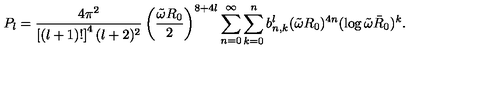
P _ { l } = { \frac { 4 \pi ^ { 2 } } { \left[ ( l + 1 ) ! \right] ^ { 4 } ( l + 2 ) ^ { 2 } } } \left( { \frac { \tilde { \omega } R _ { 0 } } { 2 } } \right) ^ { 8 + 4 l } \sum _ { n = 0 } ^ { \infty } \sum _ { k = 0 } ^ { n } b _ { n , k } ^ { l } ( \tilde { \omega } R _ { 0 } ) ^ { 4 n } ( \log \tilde { \omega } \bar { R } _ { 0 } ) ^ { k } .